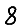
Digit: 8